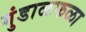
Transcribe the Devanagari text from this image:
गुंडाळफळा